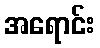
အရောင်း